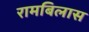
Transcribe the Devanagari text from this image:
रामबिलास